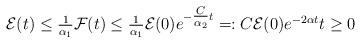
LaTeX: \begin{align*}\mathcal{E}(t) \leq \tfrac{1}{\alpha_{1}} \mathcal{F}(t)\leq \tfrac{1}{\alpha_{1}} \mathcal{E}(0) e^{-\tfrac{C}{\alpha_{2}} t}=: C \mathcal{E}(0) e^{-2\alpha t} t \geq 0 \end{align*}